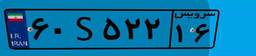
۹۳S۰۲۸۶۱